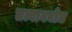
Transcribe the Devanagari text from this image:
तत्वावबोध